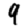
Digit: 9